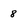
Character: 8